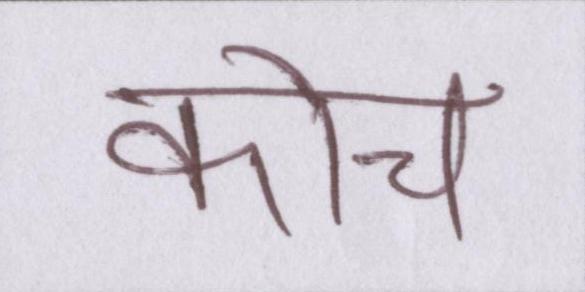
कोच